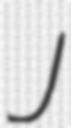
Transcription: J